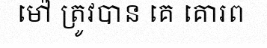
ម៉ៅ ត្រូវបាន គេ គោរព